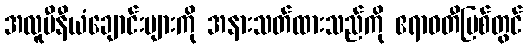
အလူမီနီယံချောင်းများကို အနားသတ်ထားသည်ကို ဧရာဝတီမြစ်တွင်